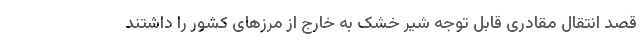
قصد انتقال مقادری قابل توجه شیر خشک به خارج از مرزهای کشور را داشتند